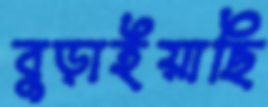
বুড়াইয়াছি